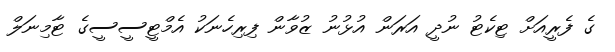
ގެ ފެރީއަށް ޓިކެޓު ނުދީ އަރަން އުޅުނު ޒުވާން ފިރިހެނަކު އެމްޓީސީސީގެ ޓާމިނަލް